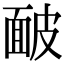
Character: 䩅